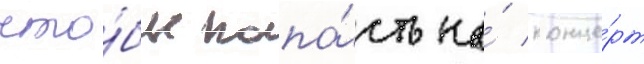
что́бы попа́сть на́ конце́рт